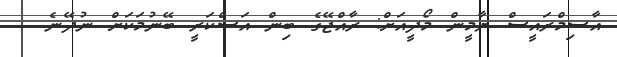
އާސިމްރައީސް ޔާމީން މޯދީއަށް: ރާއްޖޭގެ ބިން އަސްކަރީ ބޭނުމަކަށް ނުދޭނެ